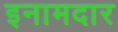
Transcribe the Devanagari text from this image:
इनामदार